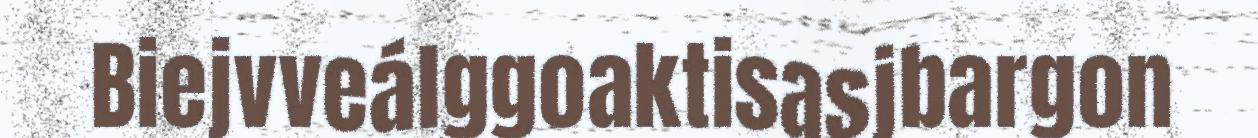
Biejvveálggoaktisasjbargon